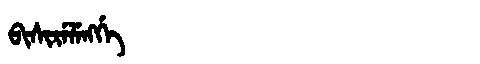
Manchu: ᠪᡳᠰᡳᡵᡝᠯᡝᠩᡤᡝ
Romanization: BISIRELENGGE